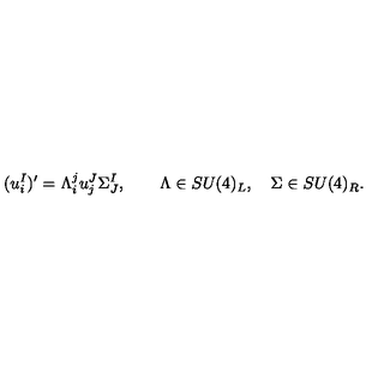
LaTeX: ( u _ { i } ^ { I } ) ^ { \prime } = \Lambda _ { i } ^ { j } u _ { j } ^ { J } \Sigma _ { J } ^ { I } , \qquad \Lambda \in { S U } ( 4 ) _ { L } , \quad \Sigma \in { S U } ( 4 ) _ { R } .